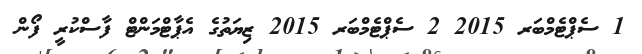
1 ސެޕްޓެމްބަރ 2015 2 ސެޕްޓެމްބަރ 2015 ޒިޔަތުގެ އެޕާޓްމަންޓް ފާސްކުރީ ފޯން